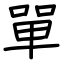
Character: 單